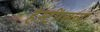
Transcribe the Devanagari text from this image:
हेस्टींग्सच्या